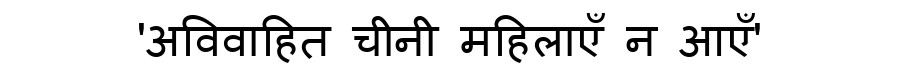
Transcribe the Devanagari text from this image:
'अविवाहित चीनी महिलाएँ न आएँ'